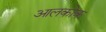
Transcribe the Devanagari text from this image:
आलकोक